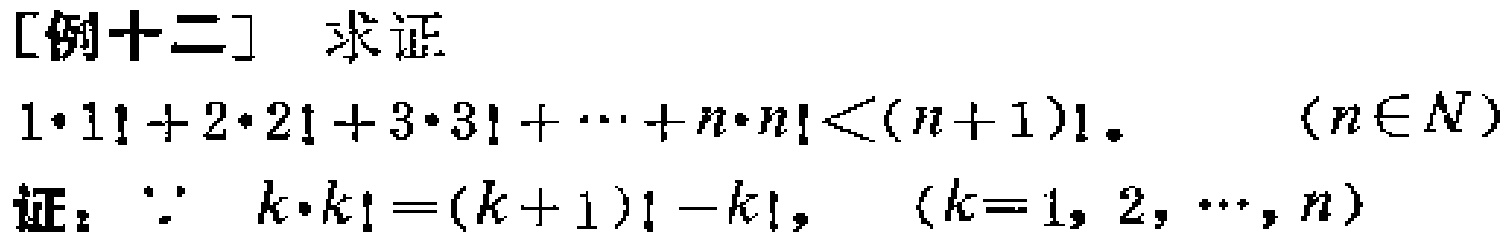
[例十二] 求证

\[1\cdot1! + 2\cdot2! + 3\cdot3! + \cdots + n\cdot n! < (n + 1)! \quad (n\in N)\]

证：\(\because k\cdot k!=(k + 1)! - k! \quad (k = 1,2,\cdots,n)\)